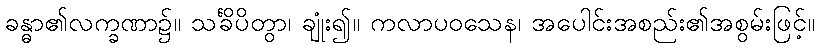
ခန္ဓာ၏လက္ခဏာ၌။ သင်္ခိပိတွာ၊ ချုံး၍။ ကလာပဝသေန၊ အပေါင်းအစည်း၏အစွမ်းဖြင့်။